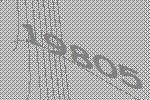
19805